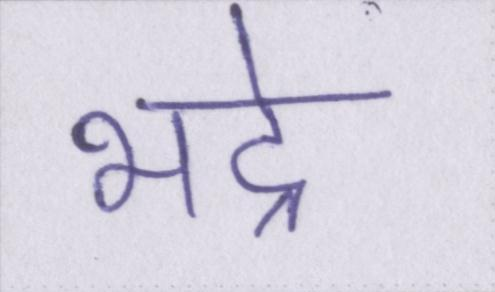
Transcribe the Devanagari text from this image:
भद्रे